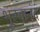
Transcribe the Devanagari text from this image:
भूस्वानंद